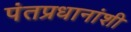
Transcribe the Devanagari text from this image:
पंतप्रधानांशी